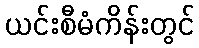
ယင်းစီမံကိန်းတွင်